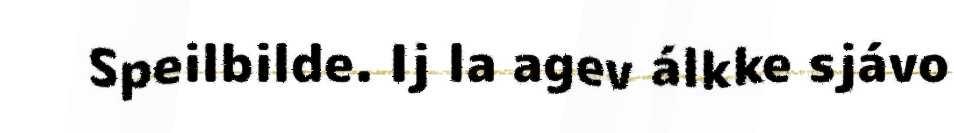
Speilbilde. Ij la agev álkke sjávo